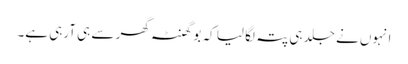
انہوں نے جلد ہی پتہ لگا لیا کہ بو گھنٹہ گھر سے ہی آرہی ہے۔